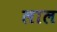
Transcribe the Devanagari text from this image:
लाल